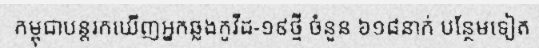
កម្ពុជាបន្តរកឃើញអ្នកឆ្លងកូវីដ-១៩ថ្មី ចំនួន ៦១៨នាក់ បន្ថែមទៀត